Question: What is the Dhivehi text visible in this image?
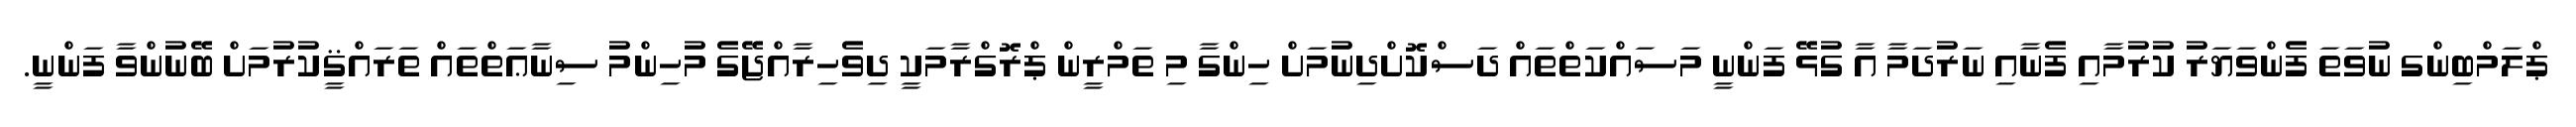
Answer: ޕްލަމްބިންގ ނުވަތަ ފެންވަޔަރު ކުރުމާއި ފެނާއި ނަރުދަމާ އާ ގުޅޭ ފަންނީ މަސައްކަތްތައް ދަސްކޮށްދިނުމަށް ހިންގާ މި ތަމްރީން ޕްރޮގްރާމަކީ ދިވެހިރާއްޖޭގެ މުހިންމު ސިނާޢަތްތައް ތަރައްޤީކުރުމަށް ބޭނުންވާ ފަންނީ.